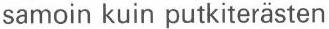
samoin kuin putkiterästen